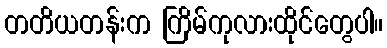
တတိယတန်းက ကြိမ်ကုလားထိုင်တွေပါ။